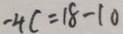
- 4 c = 1 8 - 1 0